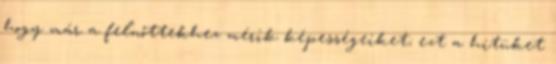
hogy már a felnőttekhez mérik képességeiket; ezt a hitüket